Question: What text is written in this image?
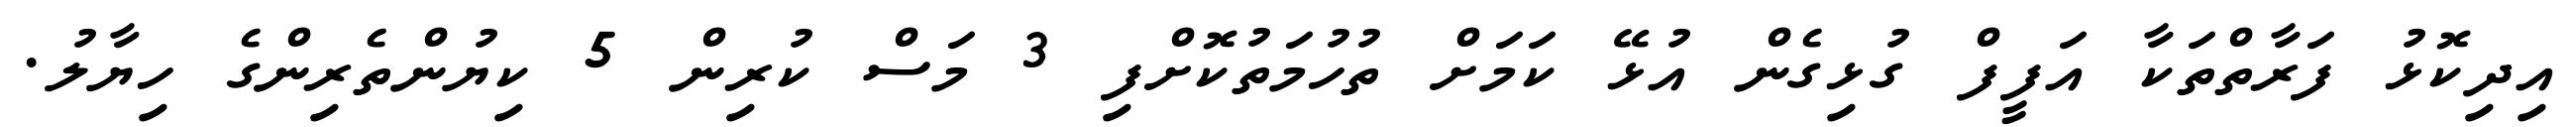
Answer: އިދިކޮޅު ފަރާތްތަކާ އަފީފް ގުޅިގެން އުޅޭ ކަމަށް ތުހުމަތުކޮށްފި 3 މަސް ކުރިން 5 ކިޔުންތެރިންގެ ހިޔާލު.